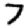
Digit: 7